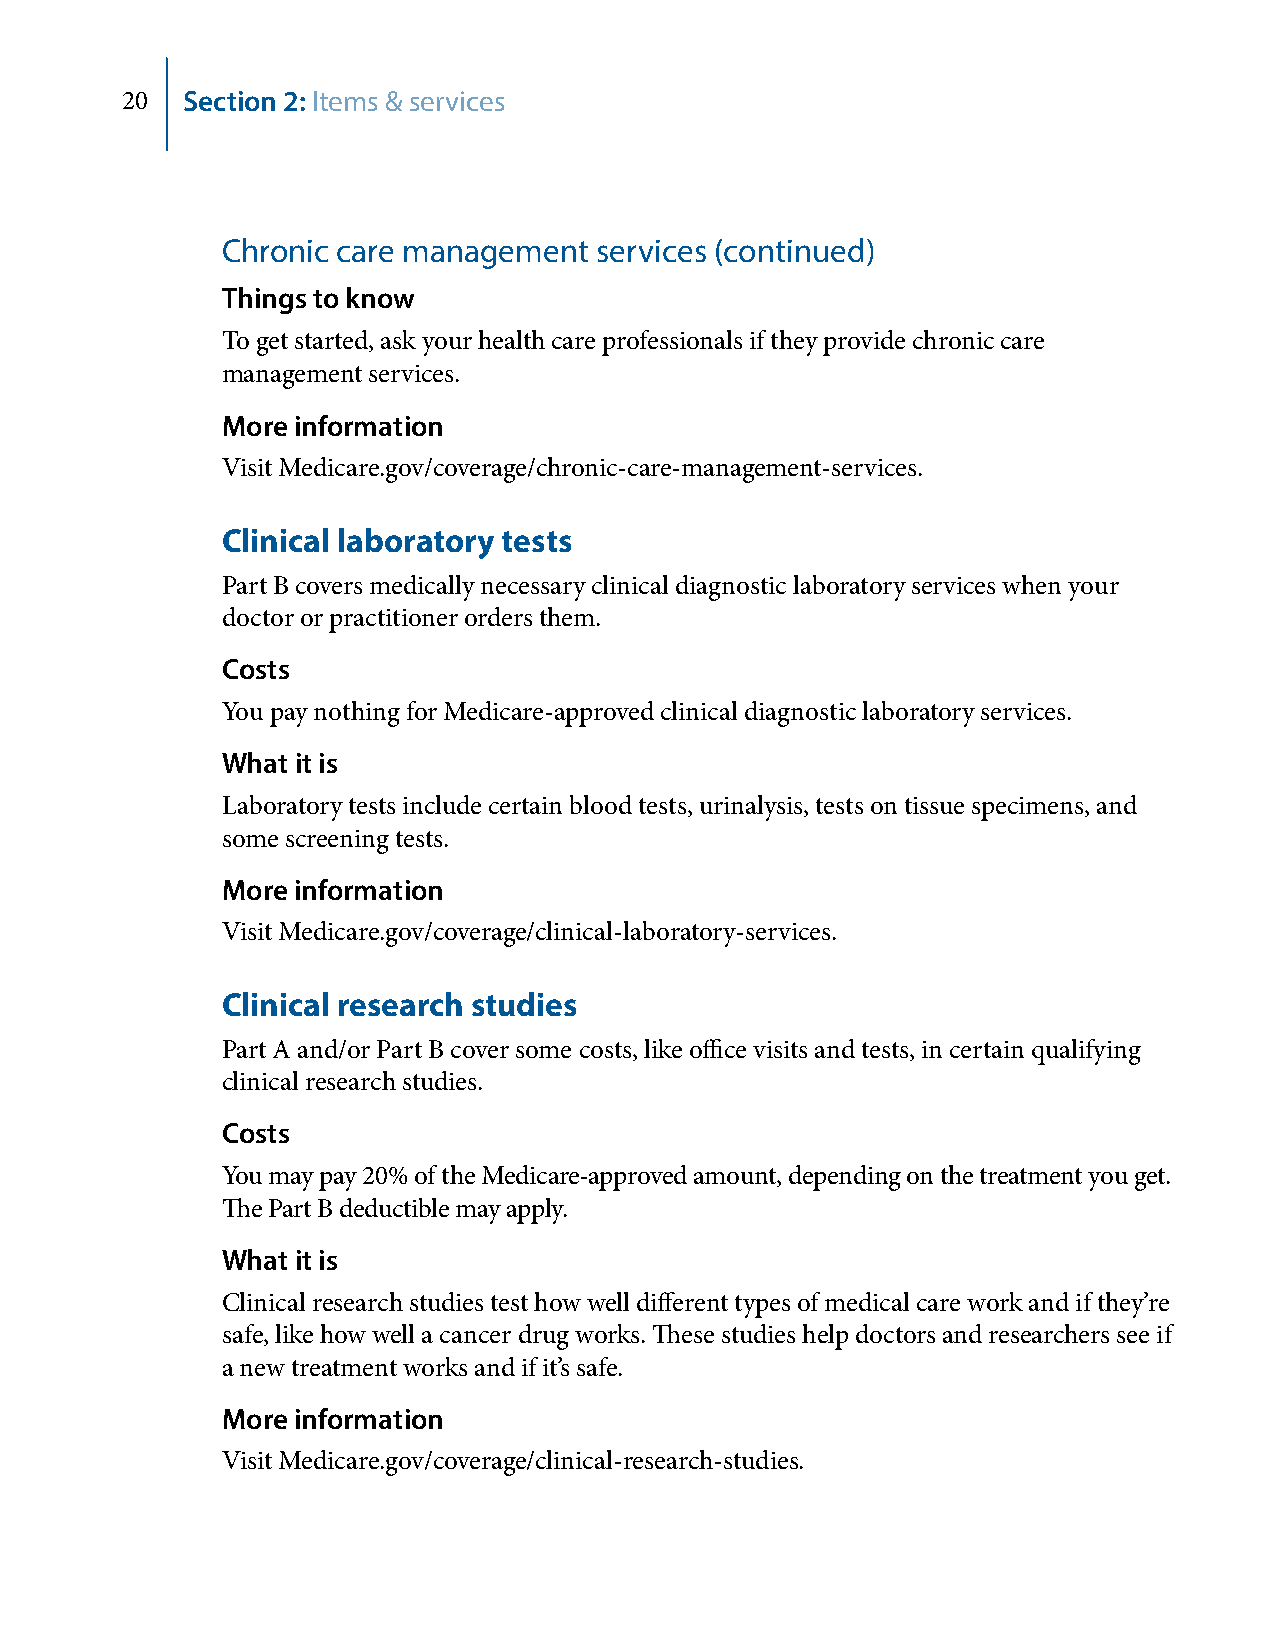
20  Section 2: Items & services
 Chronic care management  services (continued)
 Things to know
 To get started, ask your health care professionals if they provide chronic care
 management services.
 More information
 Visit Medicare.gov/coverage/chronic-care-management-services.
 Clinical laboratory tests
 Part B covers medically necessary clinical diagnostic laboratory services when your
 doctor or practitioner orders them.
 Costs
 You pay nothing for Medicare-approved clinical diagnostic laboratory services.
 What it is
 Laboratory tests include certain blood tests, urinalysis, tests on tissue specimens, and
 some screening tests.
 More information
 Visit Medicare.gov/coverage/clinical-laboratory-services.
 Clinical research studies
 Part A and/or Part B cover some costs, like office visits and tests, in certain qualifying
 clinical research studies.
 Costs
 You may pay 20% of the Medicare-approved amount, depending on the treatment you get.
 The Part B deductible may apply.
 What it is
 Clinical research studies test how well different types of medical care work and if they’re
 safe, like how well a cancer drug works. These studies help doctors and researchers see if
 a new treatment works and if it’s safe.
 More information
 Visit Medicare.gov/coverage/clinical-research-studies.